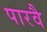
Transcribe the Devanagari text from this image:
पारवै